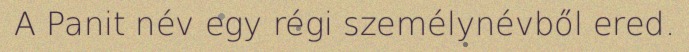
A Panit név egy régi személynévből ered.